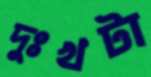
দুঃখটা